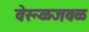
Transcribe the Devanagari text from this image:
वेरूळजवळ